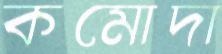
কমোদা